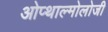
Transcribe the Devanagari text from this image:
ओप्थाल्मोलोजी